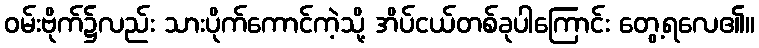
ဝမ်းဗိုက်၌လည်း သားပိုက်ကောင်ကဲ့သို့ အိပ်ငယ်တစ်ခုပါကြောင်း တွေ့ရလေ၏။